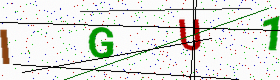
Text: IGU1